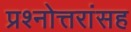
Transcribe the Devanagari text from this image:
प्रश्नोत्तरांसह